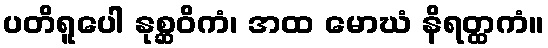
ပတိရူပေါ နုစ္ဆဝိကံ၊ အထ မောဃံ နိရတ္ထကံ။